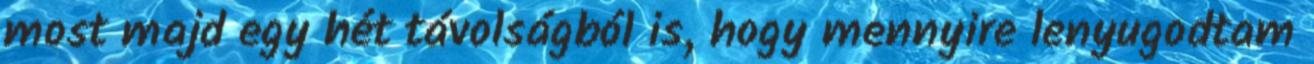
most majd egy hét távolságból is, hogy mennyire lenyugodtam